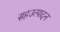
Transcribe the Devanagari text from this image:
सहउत्पादन